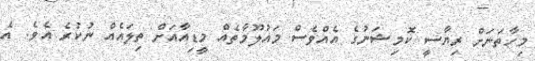
މިހާތަނަށް ރިޔާސީ ކޮމިޝަނުގެ އެއްވެސް މައުލޫމާތެއް މީޑިއާއަށް ތިލައެއް ނުކުރެ އެވެ. އެ